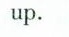
up.